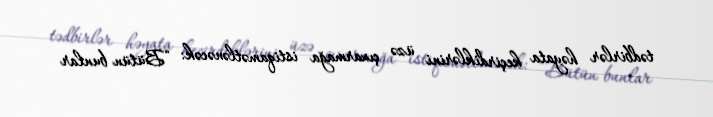
tədbirlər həyata keçirdiklərini üzə çıxarmağa istiqamətlənəcək: “Bütün bunlar